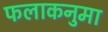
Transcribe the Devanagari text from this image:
फलाकनुमा